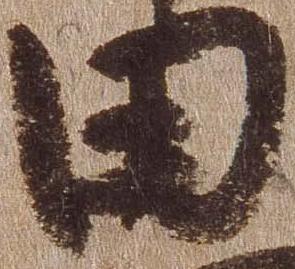
田